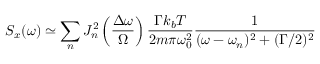
S _ { x } ( \omega ) \simeq \sum _ { n } J _ { n } ^ { 2 } \left( \frac { \Delta \omega } { \Omega } \right) \frac { \Gamma k _ { b } T } { 2 m \pi \omega _ { 0 } ^ { 2 } } \frac { 1 } { ( \omega - \omega _ { n } ) ^ { 2 } + ( \Gamma / 2 ) ^ { 2 } }